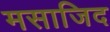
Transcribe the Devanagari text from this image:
मसाजिद